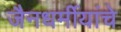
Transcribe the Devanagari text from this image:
जैनधर्मीयांचे